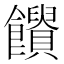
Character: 𩟱